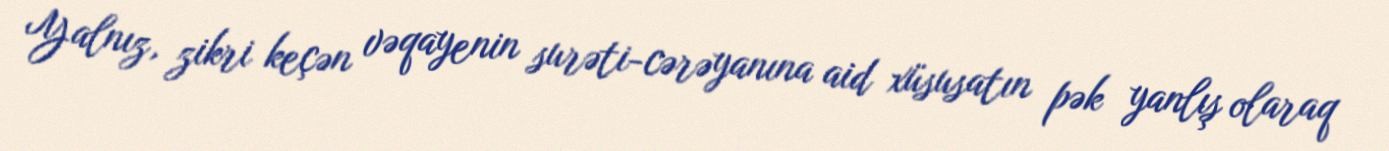
Yalnız, zikri keçən vəqayenin surəti-cərəyanına aid xüsusatın pək yanlış olaraq